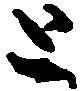
と